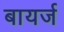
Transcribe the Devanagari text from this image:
बायर्ज